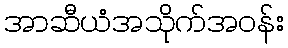
အာဆီယံအသိုက်အဝန်း